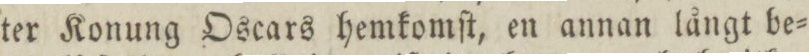
ter Konung Oscars hemkomſt, en annan långt be=